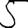
Digit: 5